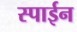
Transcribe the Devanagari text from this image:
स्पाईन